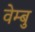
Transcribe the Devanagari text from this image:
वेम्बु